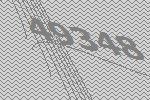
49348